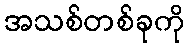
အသစ်တစ်ခုကို